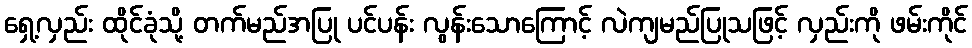
ရှေ့လှည်း ထိုင်ခုံသို့ တက်မည်အပြု ပင်ပန်း လွန်းသောကြောင့် လဲကျမည်ပြုသဖြင့် လှည်းကို ဖမ်းကိုင်